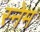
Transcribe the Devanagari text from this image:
स्नेम